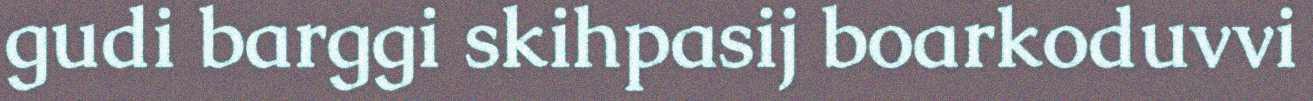
gudi barggi skihpasij boarkoduvvi